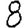
Digit: 8